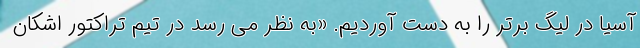
آسیا در لیگ برتر را به دست آوردیم. «به نظر می رسد در تیم تراکتور اشکان